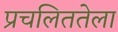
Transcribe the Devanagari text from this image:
प्रचलिततेला